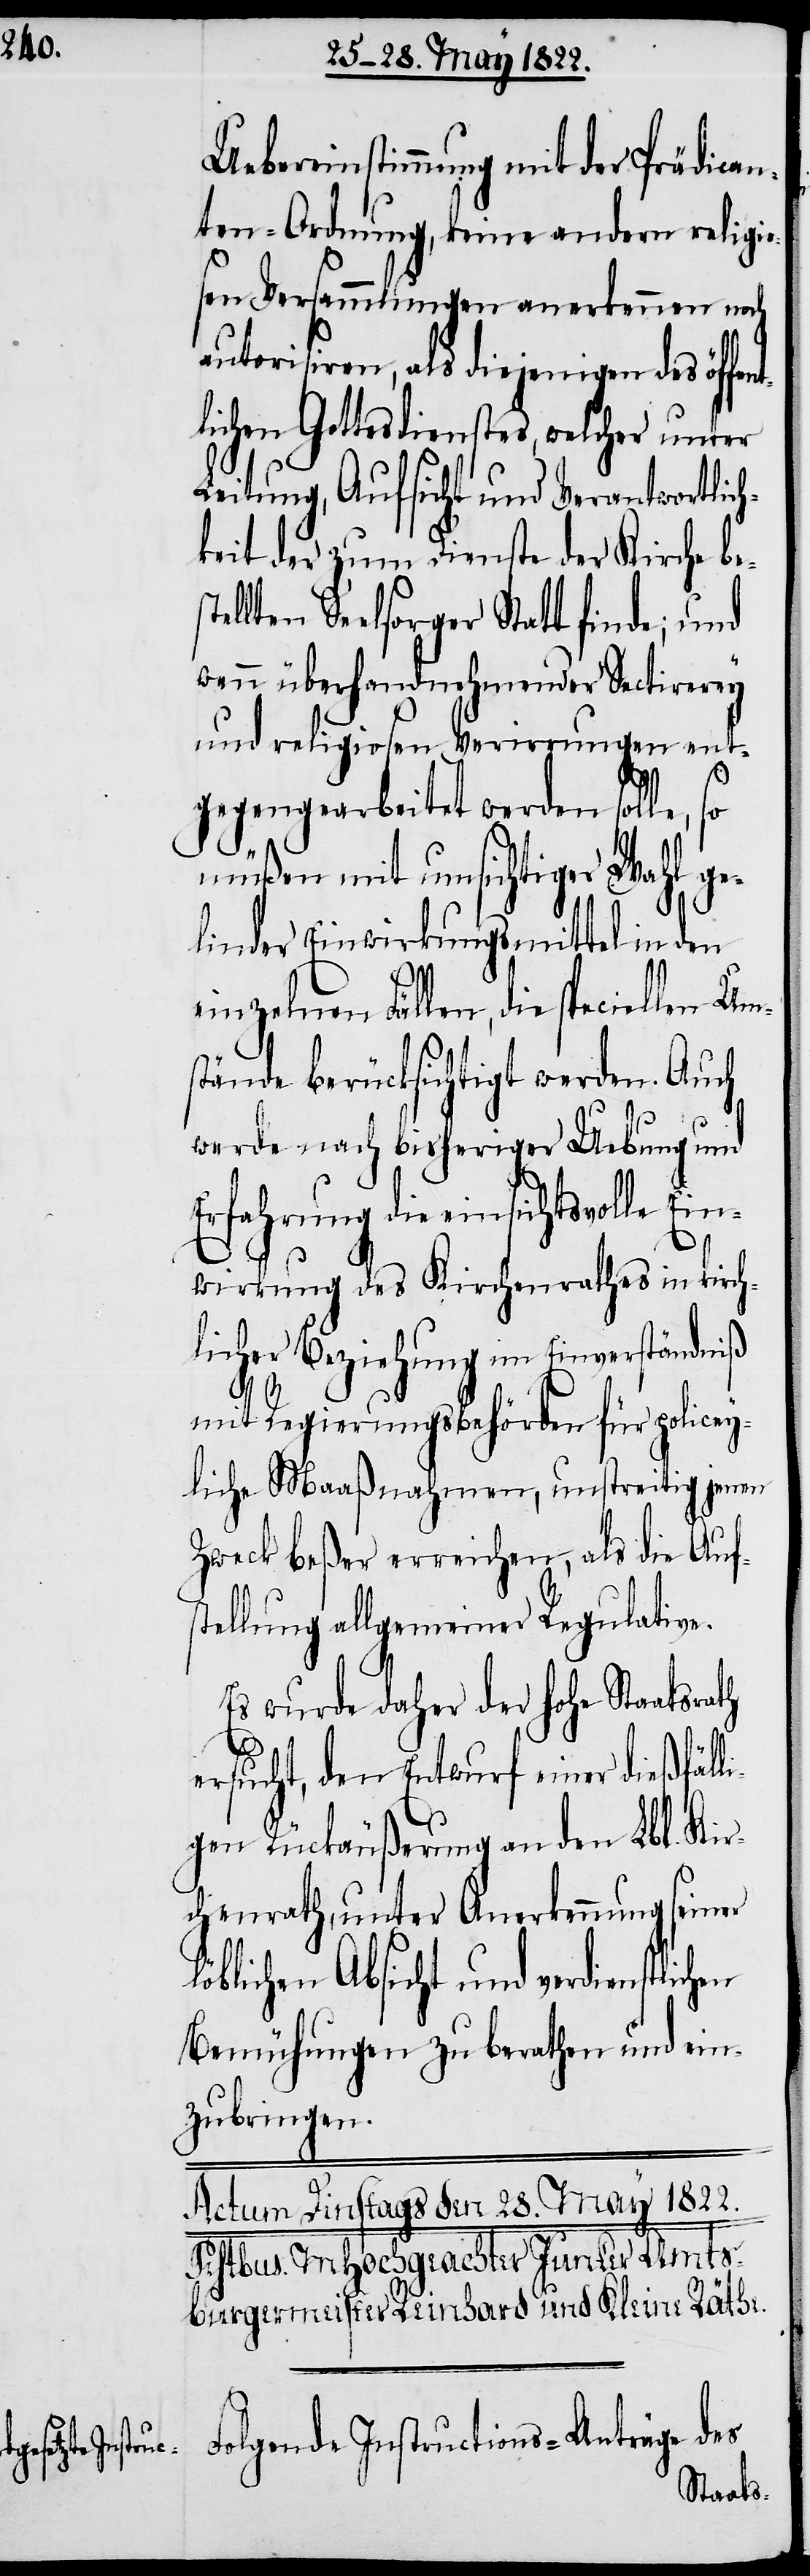
stlichen

Uebereinstimmung mit der Prädican¬
ten-Ordnung, keine andern religio¬
sen Versammlungen anerkennen noch
autorisiren, als diejenigen des öf¬
tlichen Gottesdienstes, welcher unter
Leitung, Aufsicht und Verantwortlich¬
keit der zum Dienste der Kirche be¬
ellten Seelsorger Statt finde; und
wenn überhandnehmender Sectirerey
und religiosen Verirrungen ent¬
gegengearbeitet werden solle, so
müßen mit umsichtiger Wahl ge¬
linder Einwirkungsmittel in den
einzelnen Fällen, die speciellen Um¬
stände berücksichtigt werden. Auch
werde nach bisheriger Uebung und
Erfahrung die einsichtsvolle Ein¬
wirkung des Kirchenrathes in kirch¬
licher Beziehung im Einverständniß
l¬
mit Regierungsbehörden für policey¬
liche Maaßmahmen, unstreitig jenen
Zweck beßer erreichen, als die Aufs¬
tellung allgemeiner Regulative.
Es wurde daher der hohe Staatsra¬
ersucht, den Entwurf einer dießfäl¬
igen Rückäußerung an den Lbl. Kir¬
chenrath, unter Anerkennung seiner
öblichen Absicht und verdien¬
Bemühungen zu berathen und ein¬
zubringen.
Folgende Instructions-Anträge des